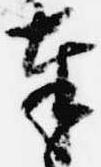
奉